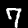
Label: 7